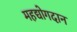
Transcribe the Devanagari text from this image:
महद्योगदान